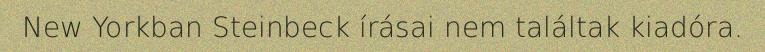
New Yorkban Steinbeck írásai nem találtak kiadóra.